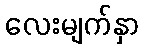
လေးမျက်နှာ